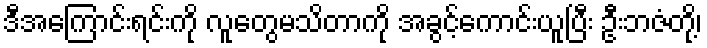
ဒီအကြောင်းရင်းကို လူတွေမသိတာကို အခွင့်ကောင်းယူပြီး ဦးဘဇံတို့၊